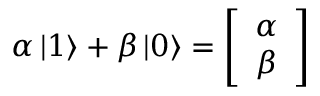
\alpha \left\vert 1 \right\rangle + \beta \left\vert 0 \right\rangle = { \left[ \begin{array} { l } { \alpha } \\ { \beta } \end{array} \right] }